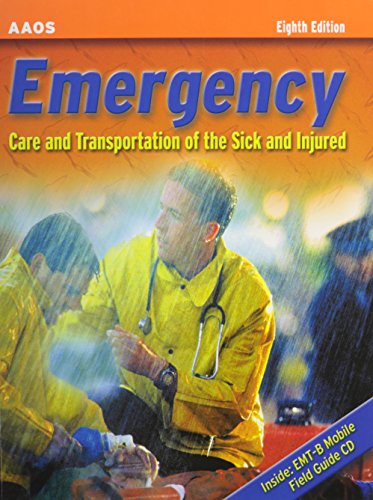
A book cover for Emergency Care and Transportation of the Sick and Injured (Book with Mini-CD-ROM for Windows & Macintosh, Palm/Handspring, Windows CE/Pocket PC,; American Academy of Orthopedic Surgeons; Medical Books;